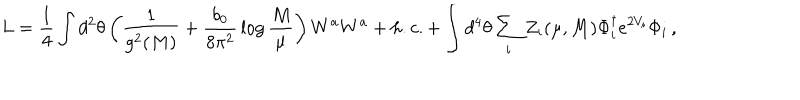
LaTeX: L = { \frac { 1 } { 4 } } \int d ^ { 2 } \theta \left( { \frac { 1 } { g ^ { 2 } ( M ) } } + { \frac { b _ { 0 } } { 8 \pi ^ { 2 } } } \log { \frac { M } { \mu } } \right) W ^ { a } W ^ { a } + h . c . + \int d ^ { 4 } \theta \sum _ { i } Z _ { i } ( \mu , M ) \Phi _ { i } ^ { \dagger } e ^ { 2 V _ { i } } \Phi _ { i } \, ,